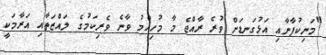
"މަނިކުފާނާއި އަޅުގަނޑަށް ވުރެ ރާއްޖެ މާ މުހިއްމު ވާނެ ވެރިކަމުގެ ލައްޒަތާއި އަރާމަކީ